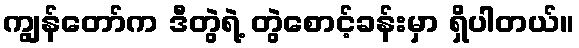
ကျွန်တော်က ဒီတွဲရဲ့ တွဲစောင့်ခန်းမှာ ရှိပါတယ်။